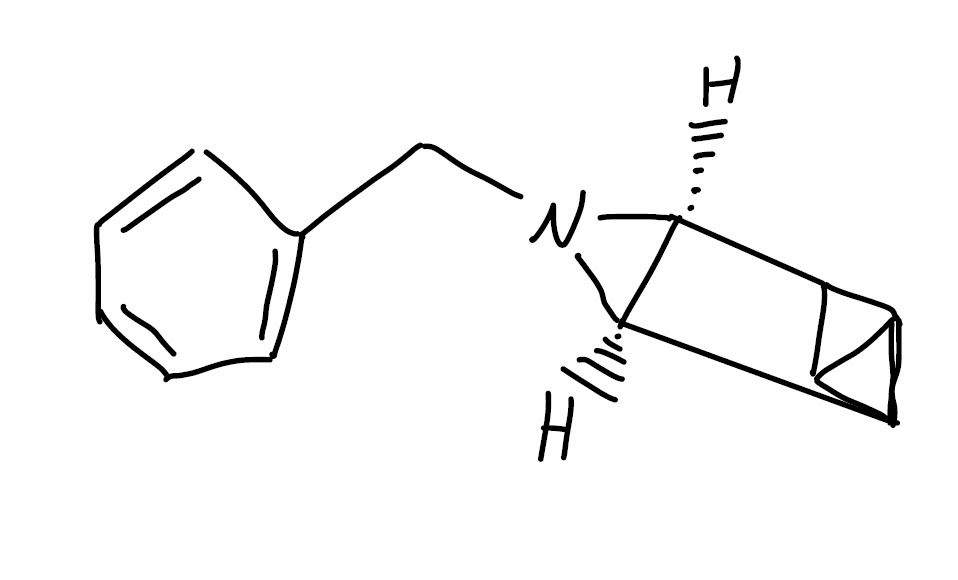
Simplified molecular-input line-entry system (SMILES) notation of the given molecule:
C1=CC=C(C=C1)CN2[C@@H]3[C@H]2C4C5C3C45